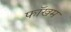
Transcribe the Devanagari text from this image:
फॉखम